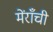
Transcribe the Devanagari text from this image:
मेंराँची